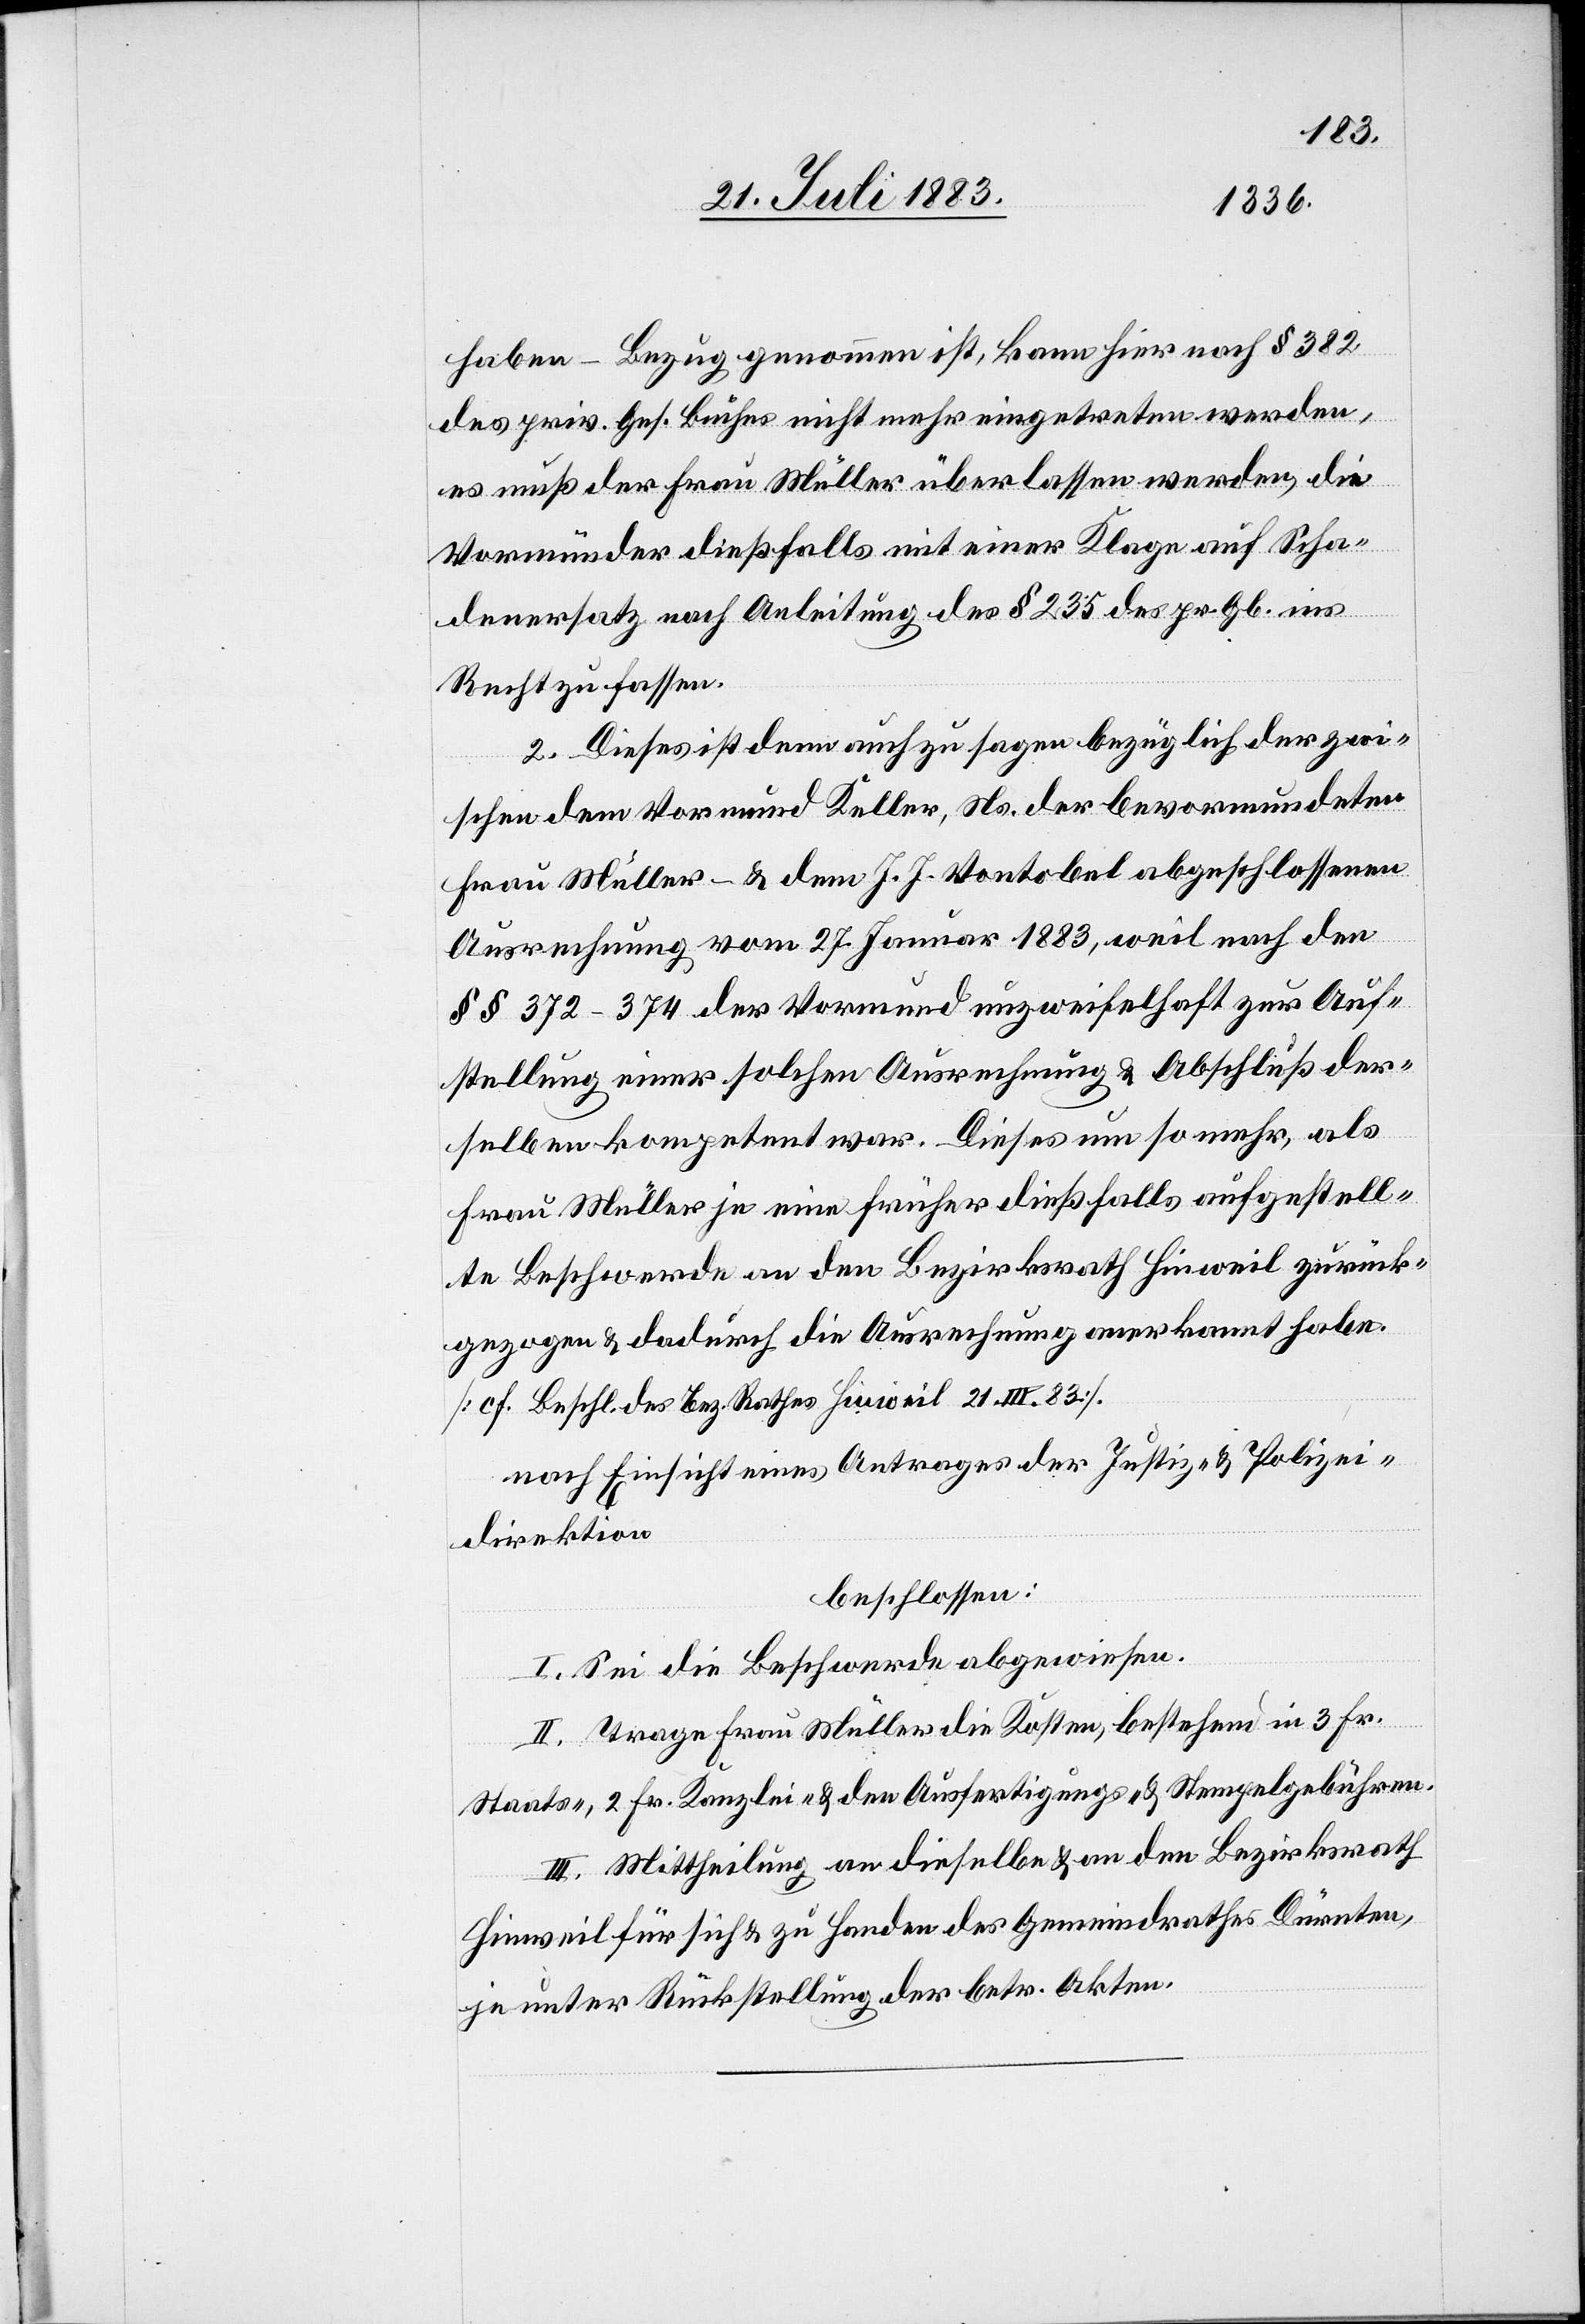
haben – Bezug genommen ist, kann hier nach § 382
des priv. Ges. Buches nicht mehr eingetreten werden,
es muß der Frau Müller überlassen werden, die
Vormünder dießfalls mit einer Klage auf Scha¬
denersatz nach Anleitung des § 235 des pr. Gb. ins
Recht zu fassen.
2. Dieses ist denn auch zu sagen bezüglich der zwi¬
schen dem Vormund Keller, Ns. der bevormundeten
Frau Müller – & dem J. J. Vontobel abgeschlossenen
Ausrechnung vom 27. Januar 1883, weil nach den
§§ 372–374 der Vormund unzweifelhaft zur Auf¬
stellung einer solchen Ausrechnung & Abschluß der¬
selben kompetent war. Dieses um so mehr, als
Beschwerde an den Bezirksrath Hinweil zurück¬
gezogen & dadurch die Ausrechnung anerkannt habe.
[cf. Beschl. des Bez. Rathes Hinweil 21. III. 83].
nach Einsicht eines Antrages der Justiz- & Polizei¬
direktion
beschlossen:
I. Sei die Beschwerde abgewiesen.
II. Trage Frau Müller die Kosten, bestehend in 3 Fr.
Staats-, 2 Fr. Kanzlei- & den Ausfertigungs- & Stempelgebühren.
III. Mittheilung an dieselbe & an den Bezirksrath
Hinweil für sich & zu Handen des Gemeindrathes Dürnten,
je unter Rückstellung der betr. Akten.